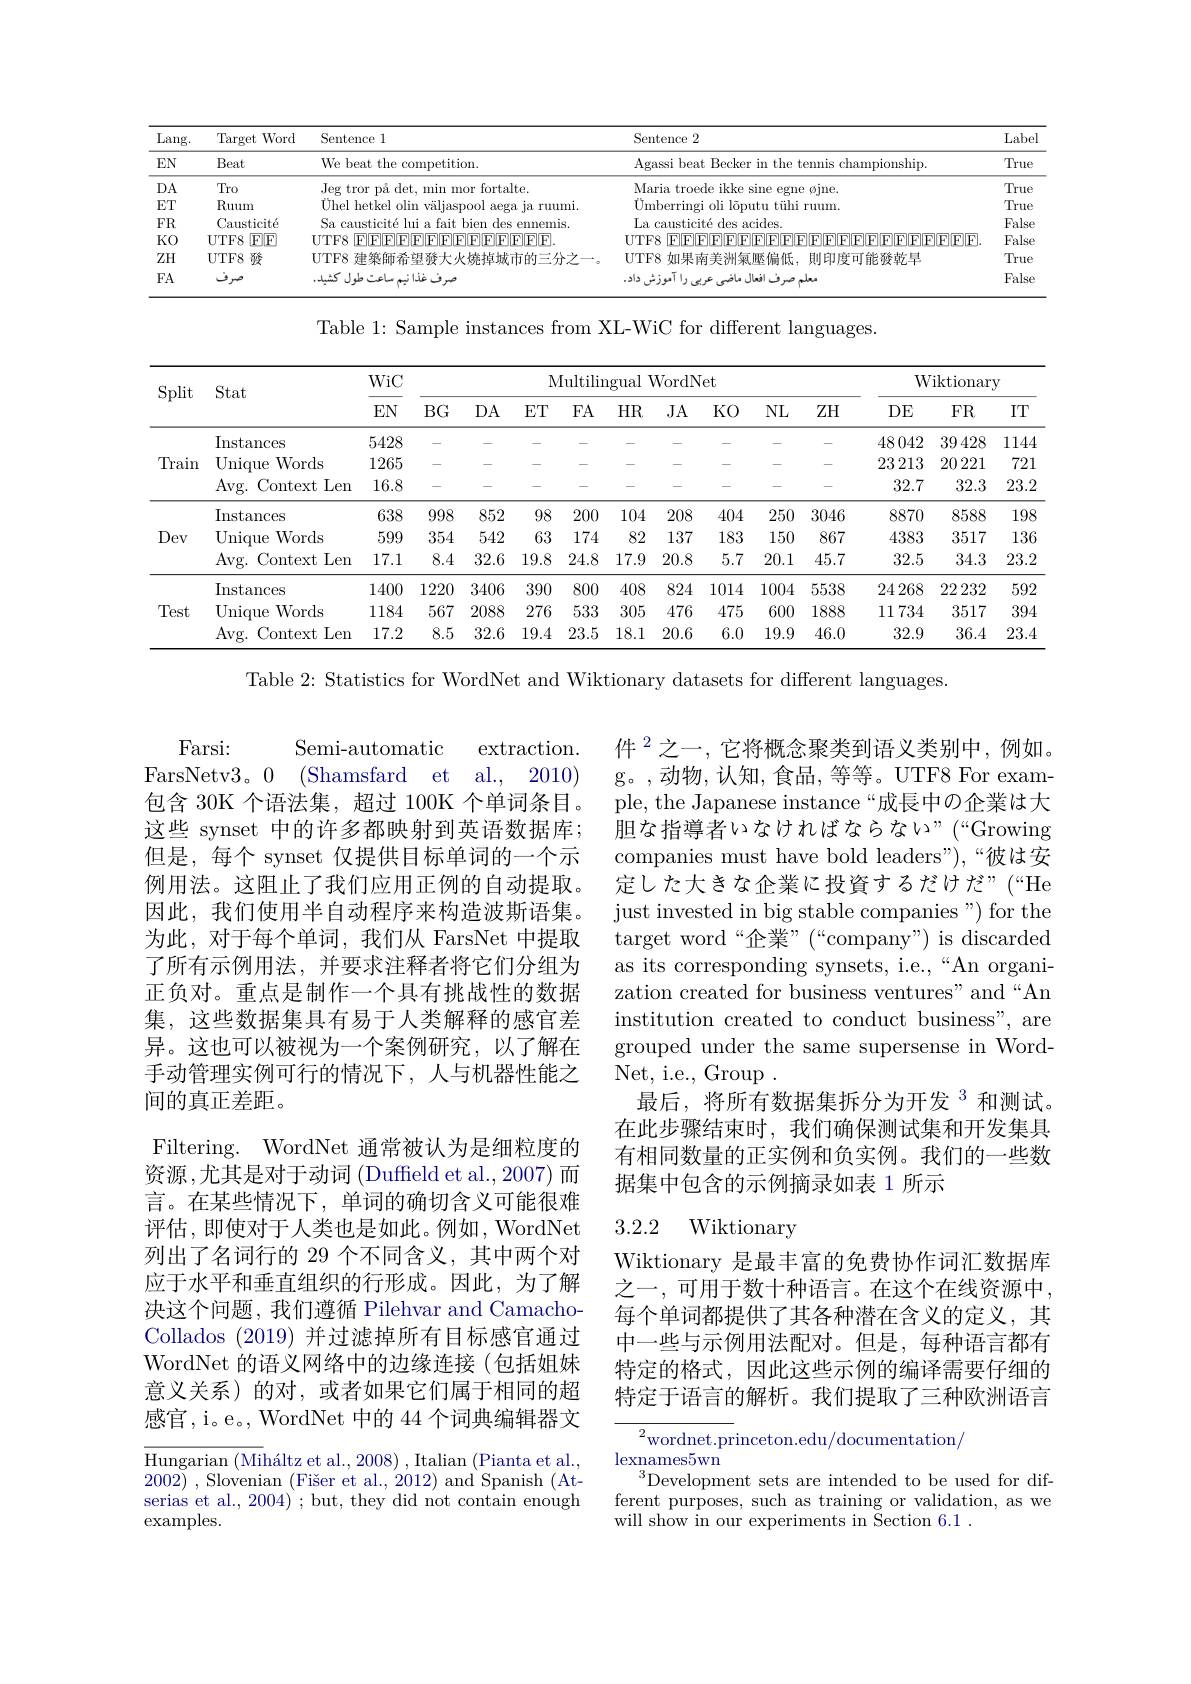
<table>
	<tbody>
		<tr>
			<th>Lang. </th>
			<th>Target Word </th>
			<th>Sentence l</th>
			<th>Sentence 2</th>
			<th>Label</th>
		</tr>
		<tr>
			<td>$EN$</td>
			<td>Beat</td>
			<td>We beat the competition.</td>
			<td>Agassi beat Becker in the tennis championship</td>
			<td>True</td>
		</tr>
		<tr>
			<td>$DA$</td>
			<td>Tro</td>
			<td>Jeg tror på det, min mor fortalte.</td>
			<td>Maria trot sine egne $\emptyset$ine.</td>
			<td>True</td>
		</tr>
		<tr>
			<td>$ET$</td>
			<td>Ruum</td>
			<td>$\Pi h_{1}$ 16 Olir</td>
			<td>${\mathrm{Umberringi}}$ L Ali Larutin $\textbf{t\"{u} hi ruum}$</td>
			<td>True</td>
		</tr>
		<tr>
			<td>$FR$</td>
			<td>Causticité</td>
			<td> </td>
			<td>$\Gamma_{1.2}$ $\{pqq$ s acides. Ganstrete</td>
			<td>False</td>
		</tr>
		<tr>
			<td>KO</td>
			<td>[F][F] UTF8</td>
			<td>SIIPIIF $111^{r}$</td>
			<td>TITES $\mathbb{F}\|\mathbb{F}\|\mathbf{F}\|\mathbf{F}\|\mathbf{F}\|$</td>
			<td>False</td>
		</tr>
		<tr>
			<td>$ZH$</td>
			<td>UTF8 發</td>
			<td>ITTHS</td>
			<td>MPS 能修故具 HILE HIH</td>
			<td>True</td>
		</tr>
		<tr>
			<td>$FA$</td>
			<td>مرف</td>
			<td> </td>
			<td>alns aab</td>
			<td>False</td>
		</tr>
	</tbody>
</table>

Table 1: Sample instances from XL-WiC for different languages.

<table>
	<tbody>
		<tr>
			<th rowspan="2">Split</th>
			<th rowspan="2">Stat</th>
			<th rowspan="2">WiC $EN$</th>
			<th colspan="7">Multilingual WordNet</th>
			<th colspan="3">Wiktionary</th>
		</tr>
		<tr>
			<th>$BG$</th>
			<th>$DA$</th>
			<th>$ET$</th>
			<th>$JA$</th>
			<th>$KO$</th>
			<th>$NL$</th>
			<th>$ZH$</th>
			<th>$DE$</th>
			<th>$FR$</th>
			<th>$IT$</th>
		</tr>
		<tr>
			<td rowspan="3">Train</td>
			<td>Instances</td>
			<td>5428</td>
			<td>-</td>
			<td>-</td>
			<td>-</td>
			<td>-</td>
			<td>-</td>
			<td></td>
			<td> </td>
			<td>48042</td>
			<td>39428</td>
			<td>1144</td>
		</tr>
		<tr>
			<td>Unique Words</td>
			<td>1265</td>
			<td>-</td>
			<td>-</td>
			<td>-</td>
			<td>$-\frac{1}{2}$</td>
			<td>-</td>
			<td>-</td>
			<td> </td>
			<td>23 213</td>
			<td>20 221</td>
			<td>721</td>
		</tr>
		<tr>
			<td>Avg. Context t Len</td>
			<td>16.8</td>
			<td>-</td>
			<td>-</td>
			<td>-</td>
			<td>-</td>
			<td>$-\frac{1}{2}$</td>
			<td> -</td>
			<td> </td>
			<td>32.7</td>
			<td>32.3</td>
			<td>23.2</td>
		</tr>
		<tr>
			<td rowspan="3">Dev</td>
			<td>Instances</td>
			<td>638</td>
			<td>998</td>
			<td>852</td>
			<td>98</td>
			<td>208</td>
			<td>404 1</td>
			<td>250</td>
			<td>3046</td>
			<td>8870</td>
			<td>8588</td>
			<td>198</td>
		</tr>
		<tr>
			<td>Unique Words</td>
			<td>599</td>
			<td>354</td>
			<td>542</td>
			<td>63</td>
			<td>137</td>
			<td>183</td>
			<td>150</td>
			<td>867</td>
			<td>4383</td>
			<td>3517</td>
			<td>136</td>
		</tr>
		<tr>
			<td>Avg.( Context :Len</td>
			<td>17.1</td>
			<td>8.4</td>
			<td>32.6</td>
			<td>19.8</td>
			<td>20.8</td>
			<td>5.7 1</td>
			<td>20.1</td>
			<td>45.7</td>
			<td>32.5</td>
			<td>34.3</td>
			<td>23.2</td>
		</tr>
		<tr>
			<td rowspan="3">Test</td>
			<td>Instances</td>
			<td>1400</td>
			<td>1220</td>
			<td>3406</td>
			<td>390</td>
			<td>824</td>
			<td>1014</td>
			<td>1004</td>
			<td>5538</td>
			<td>24268</td>
			<td>222232</td>
			<td>592</td>
		</tr>
		<tr>
			<td>Unique Words</td>
			<td>1184</td>
			<td>567</td>
			<td>2088</td>
			<td>276</td>
			<td>476</td>
			<td>475</td>
			<td>600</td>
			<td>1888</td>
			<td>11734</td>
			<td>3517</td>
			<td>394</td>
		</tr>
		<tr>
			<td>$Avg.$ Context Len 1</td>
			<td>17.2</td>
			<td>8.5</td>
			<td>32.6</td>
			<td>19.4</td>
			<td>20.6</td>
			<td>6.0</td>
			<td>19.9</td>
			<td>46.0</td>
			<td>32.9</td>
			<td>36.4</td>
			<td>23.4</td>
		</tr>
	</tbody>
</table>

Table 2: Statistics for WordNet and Wiktionary datasets for different languages.

件$^{2}$之一，它将概念聚类到语义类别中，例如。g。,动物，认知，食品，等等。UTF8 For example, the Japanese instance“成長中の企業は大胆な指導者いなければならない”(“Growing companies must have bold leaders"),“彼は安定した大きな企業に投資するだけだ”(“He just invested in big stable companies") for the target word“企業”(“company") is discarded as its corresponding synsets, i.e.,“An organization created for business ventures" and“An institution created to conduct business", are grouped under the same supersense in Word- $\mathop{\mathrm{Net,~i.e.,~Group}}.$
$\hat{\text{最后，将所有数据集拆分为开发}^{3}}$和测试。在此步骤结束时，我们确保测试集和开发集具有相同数量的正实例和负实例。我们的一些数据集中包含的示例摘录如表 1 所示

Semi-automatic
Farsi:
extraction.
FarsNetv3。0 (Shamsfard et al., 2010) 包含 30K 个语法集，超过 100K 个单词条目。这些 synset 中的许多都映射到英语数据库； 但是，每个 synset 仅提供目标单词的一个示例用法。这阻止了我们应用正例的自动提取。因此，我们使用半自动程序来构造波斯语集。为此，对于每个单词，我们从 FarsNet 中提取了所有示例用法，并要求注释者将它们分组为正负对。重点是制作一个具有挑战性的数据集，这些数据集具有易于人类解释的感官差异。这也可以被视为一个案例研究，以了解在手动管理实例可行的情况下，人与机器性能之间的真正差距。
Filtering. WordNet 通常被认为是细粒度的资源 ,尤其是对于动词 (Duffeld et al.,2007) 而言。在某些情况下，单词的确切含义可能很难评估，即使对于人类也是如此。例如，WordNet 列出了名词行的 29 个不同含义，其中两个对应于水平和垂直组织的行形成。因此，为了解决这个问题，我们遵循 Pilehvar and CamachoCollados (2019)并过滤掉所有目标感官通过WordNet 的语义网络中的边缘连接(包括姐妹意义关系)的对，或者如果它们属于相同的超感官，i。e。, WordNet 中的 44 个词典编辑器文Hungarian (Miháltz et al., 2008) , Italian (Pianta et al., 2002) , Slovenian $( \text{Fi\v {s}eretal. , 2012) andSpanish( At- }$

### 3.2.2 Wiktionarv

Wiktionary 是最丰富的免费协作词汇数据库之一，可用于数十种语言。在这个在线资源中， 每个单词都提供了其各种潜在含义的定义，其中一些与示例用法配对。但是，每种语言都有特定的格式，因此这些示例的编译需要仔细的特定于语言的解析。我们提取了三种欧洲语言

${\overline{{^2}\text{wordnet.pr}}}$inceton.edu/documentation/
$\operatorname*{lexnames5wn}_{2}$
Development sets are intended to be used for different purposes, such as training or validation, as we will show in our experiments in Section 6.1 .

serias et al., 2004) ; but, they did not contain enough
$\operatorname{examples}.$